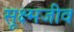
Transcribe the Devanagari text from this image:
सूक्ष्‍मजीव